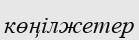
көңілжетер